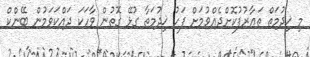
މި ޚިދުމަތް ތަޢާރުފުކޮށްދެއްވުމަށް ފަހު ޚިދުމަތާ ގުޅޭ ގޮތުން ވާހަކަ ދައްކަވަމުން ބޭންކް